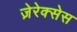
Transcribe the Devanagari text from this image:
ज़ेरेक्सेस